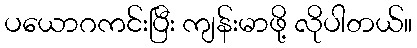
ပယောဂကင်းပြီး ကျန်းမာဖို့ လိုပါတယ်။